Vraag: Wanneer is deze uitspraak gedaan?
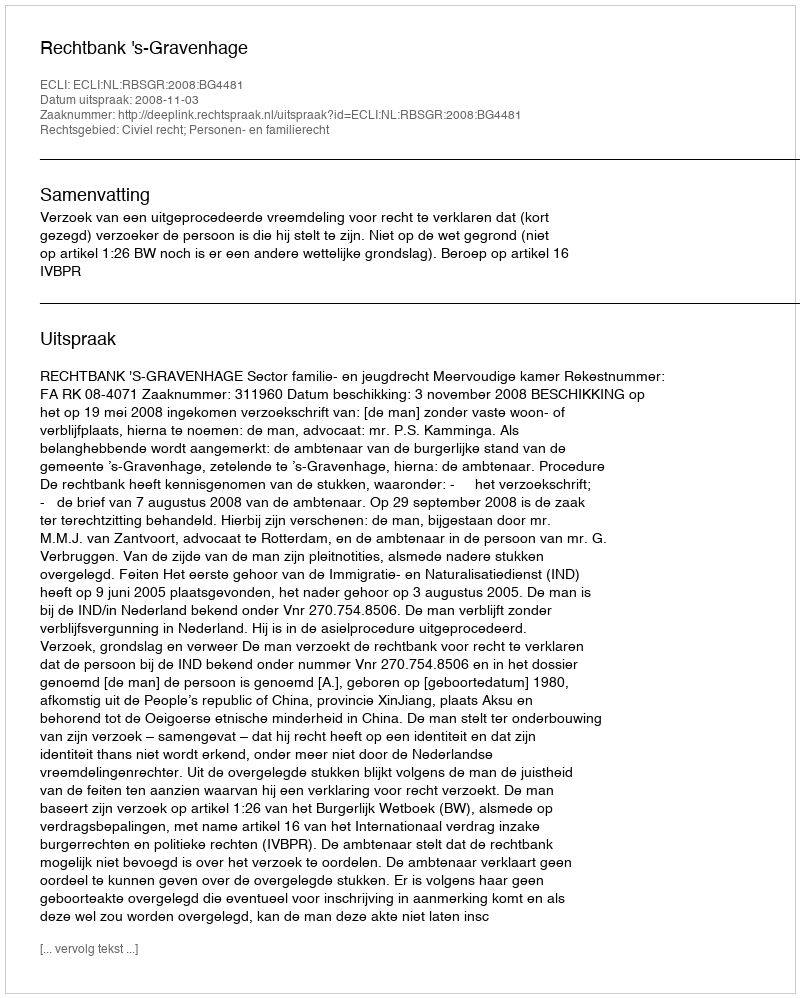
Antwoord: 2008-11-03